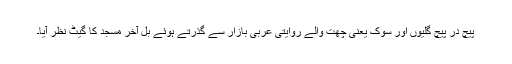
پیچ در پیچ گلیوں اور سوک یعنی چھت والے روایتی عربی بازار سے گذرتے ہوئے بل آخر مسجد کا گیٹ نظر آیا۔